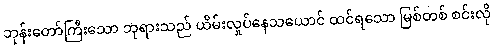
ဘုန်းတော်ကြီးသော ဘုရားသည် ယိမ်းလှုပ်နေသယောင် ထင်ရသော မြစ်တစ် စင်းလို